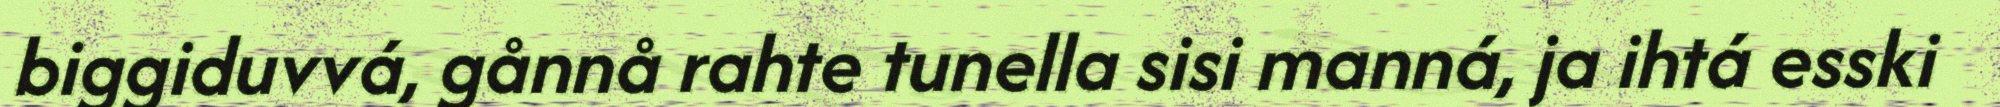
biggiduvvá, gånnå rahte tunella sisi manná, ja ihtá esski